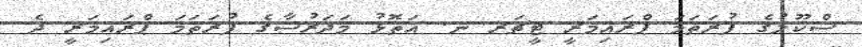
ސްކޫލުގެ ފުރަތަމަ ޕްރައިމަރީ ޓީޗަރ ނ. އަތޮޅު މަދަރުސާގެ ފުރަތަމަ ޕްރައިމަރީ ދެ